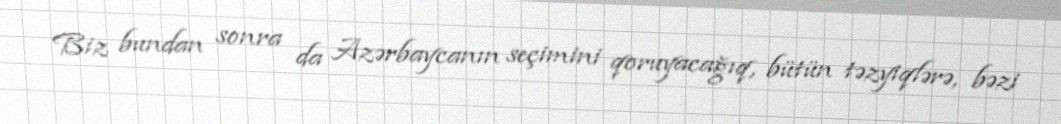
Biz bundan sonra da Azərbaycanın seçimini qoruyacağıq, bütün təzyiqlərə, bəzi